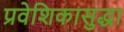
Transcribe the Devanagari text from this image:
प्रवेशिकासुद्धा